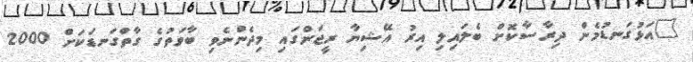
"އަޅުގަނޑުމެން ދިރާސާކޮށް ބެލައިލި އިރު އޭޝިޔާ ރީޖަންގައި މިދެންނެވި ބާވަތުގެ ގާތްގަނޑަކަށް 2000